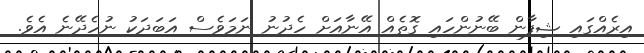
އިރެއްގައި ޝިފާން ބޭނުންހައި ގޮތެއް އޭނާއަށް ހެދުނު ނަމަވެސް އަބަދަކު ނުހެދޭނެ އެވެ.